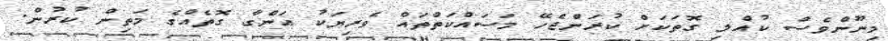
މިނޫންވެސް ކުއްލި ގޮތަކަށް ކުރަންޖެހޭ މަސައްކަތްތައް ވެރިޔަކު އަންގާ ގޮތެއްގެ މަތިން ކުރުން.